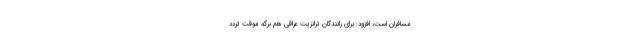
مسافران است، افزود: برای رانندگان ترانزیت عراقی هم برگه موقت تردد